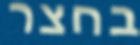
בחצר